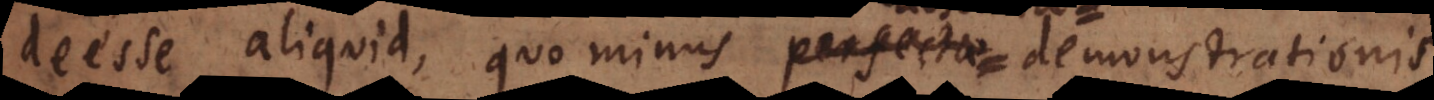
deesse aliquid, quo minus perfectae demonstrationis